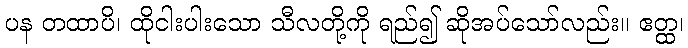
ပန တထာပိ၊ ထိုငါးပါးသော သီလတို့ကို ရည်၍ ဆိုအပ်သော်လည်း။ ဧတ္ထ၊